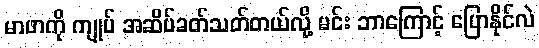
မာဖာကို ကျုပ် အဆိပ်ခတ်သတ်တယ်လို့ မင်း ဘာကြောင့် ပြောနိုင်လဲ